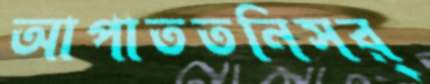
আপাততনিসর্